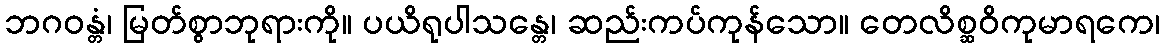
ဘဂဝန္တံ၊ မြတ်စွာဘုရားကို။ ပယိရုပါသန္တေ၊ ဆည်းကပ်ကုန်သော။ တေလိစ္ဆဝိကုမာရကေ၊